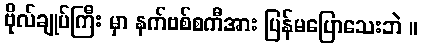
ဗိုလ်ချုပ်ကြီး မှာ နက်ဗစ်စကီအား ပြန်မပြောသေးဘဲ ။